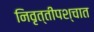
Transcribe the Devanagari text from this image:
निवृत्तीपश्चात